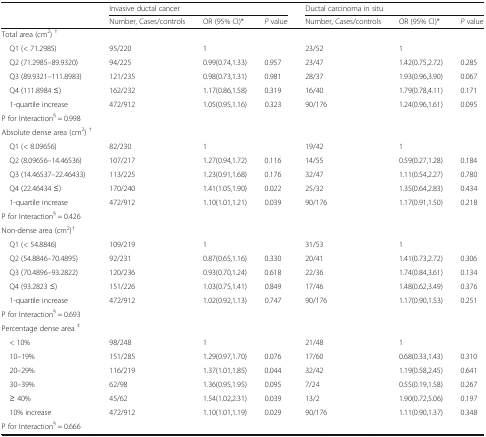
<table><thead><tr><td></td><td colspan="3"><b>Invasive ductal cancer</b></td><td colspan="3"><b>Ductal carcinoma in situ</b></td></tr><tr><td></td><td><b>Number, Cases/controls</b></td><td><b>OR (95% CI)*</b></td><td><b><i>P</i> value</b></td><td><b>Number, Cases/controls</b></td><td><b>OR (95% CI)*</b></td><td><b><i>P</i> value</b></td></tr></thead><tbody><tr><td>Total area (cm<sup>2</sup>) <sup>†</sup></td><td></td><td></td><td></td><td></td><td></td><td></td></tr><tr><td> Q1 (&lt; 71.2985)</td><td>95/220</td><td>1</td><td></td><td>23/52</td><td>1</td><td></td></tr><tr><td> Q2 (71.2985–89.9320)</td><td>94/225</td><td>0.99(0.74,1.33)</td><td>0.957</td><td>23/47</td><td>1.42(0.75,2.72)</td><td>0.285</td></tr><tr><td> Q3 (89.9321–111.8983)</td><td>121/235</td><td>0.98(0.73,1.31)</td><td>0.981</td><td>28/37</td><td>1.93(0.96,3.90)</td><td>0.067</td></tr><tr><td> Q4 (111.8984 ≤)</td><td>162/232</td><td>1.17(0.86,1.58)</td><td>0.319</td><td>16/40</td><td>1.79(0.78,4.11)</td><td>0.171</td></tr><tr><td> 1-quartile increase</td><td>472/912</td><td>1.05(0.95,1.16)</td><td>0.323</td><td>90/176</td><td>1.24(0.96,1.61)</td><td>0.095</td></tr><tr><td colspan="7">P for Interaction<sup>§</sup> = 0.998</td></tr><tr><td>Absolute dense area (cm<sup>2</sup>) <sup>†</sup></td><td></td><td></td><td></td><td></td><td></td><td></td></tr><tr><td> Q1 (&lt; 8.09656)</td><td>82/230</td><td>1</td><td></td><td>19/42</td><td>1</td><td></td></tr><tr><td> Q2 (8.09656–14.46536)</td><td>107/217</td><td>1.27(0.94,1.72)</td><td>0.116</td><td>14/55</td><td>0.59(0.27,1.28)</td><td>0.184</td></tr><tr><td> Q3 (14.46537–22.46433)</td><td>113/225</td><td>1.23(0.91,1.68)</td><td>0.176</td><td>32/47</td><td>1.11(0.54,2.27)</td><td>0.780</td></tr><tr><td> Q4 (22.46434 ≤)</td><td>170/240</td><td>1.41(1.05,1.90)</td><td>0.022</td><td>25/32</td><td>1.35(0.64,2.83)</td><td>0.434</td></tr><tr><td> 1-quartile increase</td><td>472/912</td><td>1.10(1.01,1.21)</td><td>0.039</td><td>90/176</td><td>1.17(0.91,1.50)</td><td>0.218</td></tr><tr><td colspan="7">P for Interaction<sup>§</sup> = 0.426</td></tr><tr><td>Non-dense area (cm<sup>2</sup>)<sup>†</sup></td><td></td><td></td><td></td><td></td><td></td><td></td></tr><tr><td> Q1 (&lt; 54.8846)</td><td>109/219</td><td>1</td><td></td><td>31/53</td><td>1</td><td></td></tr><tr><td> Q2 (54.8846–70.4895)</td><td>92/231</td><td>0.87(0.65,1.16)</td><td>0.330</td><td>20/41</td><td>1.41(0.73,2.72)</td><td>0.306</td></tr><tr><td> Q3 (70.4896–93.2822)</td><td>120/236</td><td>0.93(0.70,1.24)</td><td>0.618</td><td>22/36</td><td>1.74(0.84,3.61)</td><td>0.134</td></tr><tr><td> Q4 (93.2823 ≤)</td><td>151/226</td><td>1.03(0.75,1.41)</td><td>0.849</td><td>17/46</td><td>1.48(0.62,3.49)</td><td>0.376</td></tr><tr><td> 1-quartile increase</td><td>472/912</td><td>1.02(0.92,1.13)</td><td>0.747</td><td>90/176</td><td>1.17(0.90,1.53)</td><td>0.251</td></tr><tr><td colspan="7">P for Interaction<sup>§</sup> = 0.693</td></tr><tr><td>Percentage dense area <sup>‡</sup></td><td></td><td></td><td></td><td></td><td></td><td></td></tr><tr><td> &lt; 10%</td><td>98/248</td><td>1</td><td></td><td>21/48</td><td>1</td><td></td></tr><tr><td> 10–19%</td><td>151/285</td><td>1.29(0.97,1.70)</td><td>0.076</td><td>17/60</td><td>0.68(0.33,1.43)</td><td>0.310</td></tr><tr><td> 20–29%</td><td>116/219</td><td>1.37(1.01,1.85)</td><td>0.044</td><td>32/42</td><td>1.19(0.58,2.45)</td><td>0.641</td></tr><tr><td> 30–39%</td><td>62/98</td><td>1.36(0.95,1.95)</td><td>0.095</td><td>7/24</td><td>0.55(0.19,1.58)</td><td>0.267</td></tr><tr><td> ≥ 40%</td><td>45/62</td><td>1.54(1.02,2.31)</td><td>0.039</td><td>13/2</td><td>1.90(0.72,5.06)</td><td>0.197</td></tr><tr><td> 10% increase</td><td>472/912</td><td>1.10(1.01,1.19)</td><td>0.029</td><td>90/176</td><td>1.11(0.90,1.37)</td><td>0.348</td></tr><tr><td colspan="7">P for Interaction<sup>§</sup> = 0.666</td></tr></tbody></table>